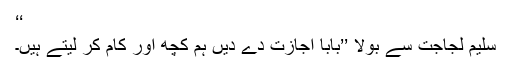
‘‘
سلیم لجاجت سے بولا ’’بابا اجازت دے دیں ہم کچھ اور کام کر لیتے ہیں۔